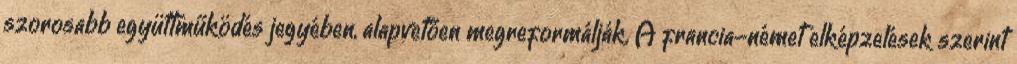
szorosabb együttműködés jegyében, alapvetően megreformálják. A francia-német elképzelések szerint